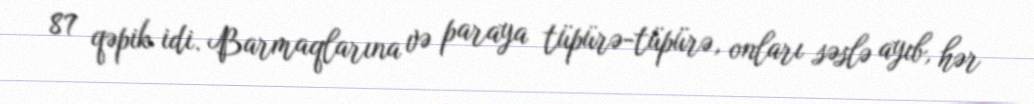
87 qəpik idi. Barmaqlarına və paraya tüpürə-tüpürə, onları səslə ayıb, hər